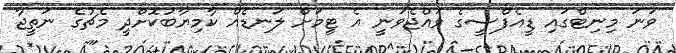
ވަނަ މިނިޓްގައި ޑީއެފްސީގެ ވައްޖެވަނީ އެ ޓީމަށް ލަނޑެއް ކާމިޔާބުކޮށްދީ މެޗުގެ ނަތީޖާ